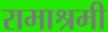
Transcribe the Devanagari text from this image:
रामाश्रमी